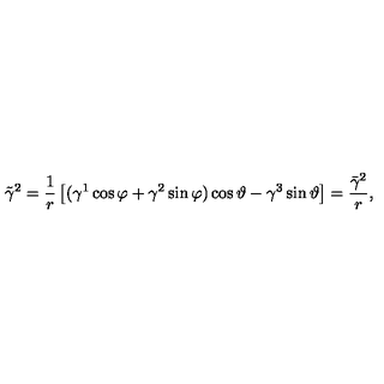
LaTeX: \tilde { \gamma } ^ { 2 } = \frac 1 r \left[ ( \gamma ^ { 1 } \cos \varphi + \gamma ^ { 2 } \sin \varphi ) \cos \vartheta - \gamma ^ { 3 } \sin \vartheta \right] = \frac { \bar { \gamma } ^ { 2 } } r , \quad